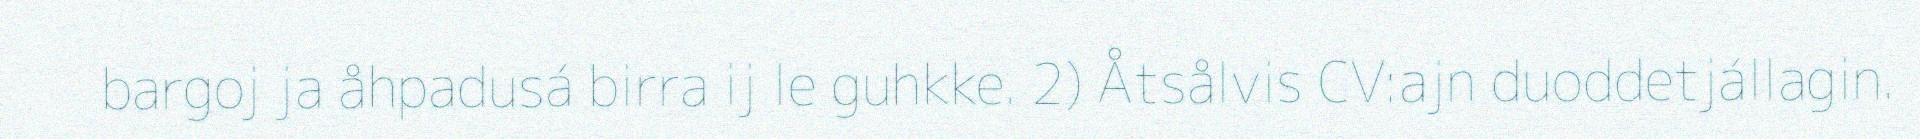
bargoj ja åhpadusá birra ij le guhkke. 2) Åtsålvis CV:ajn duoddetjállagin.